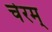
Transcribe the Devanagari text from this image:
चेरम्